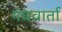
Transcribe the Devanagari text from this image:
गंधवार्ता